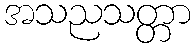
အသညသတ္တာ